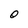
Character: O